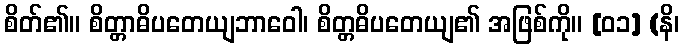
စိတ်၏။ စိတ္တာဓိပတေယျဘာဝေါ၊ စိတ္တဓိပတေယျ၏ အဖြစ်ကို။ [၀၁] (နိ၊